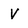
Character: V